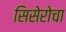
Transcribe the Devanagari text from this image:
सिसेरोचा